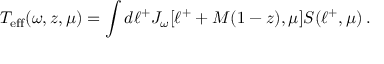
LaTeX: T _ { \mathrm { e f f } } ( \omega , z , \mu ) = \int d \ell ^ { + } J _ { \omega } [ \ell ^ { + } + M ( 1 - z ) , \mu ] S ( \ell ^ { + } , \mu ) \, .